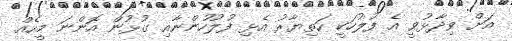
އަށް ވިދާޅުވީ އެ ފުލުހަކީ ހަތިޔާރު އެޅި ފުލުހުންނާއި ގުޅުން އޮންނަ މީހެއް